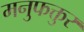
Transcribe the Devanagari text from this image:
मनुफक्तुर